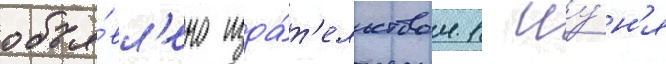
объя́вл'ено изда́т'ельством 1 иу́н'я